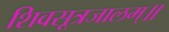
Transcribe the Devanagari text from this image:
शिवसूत्रजालम्॥